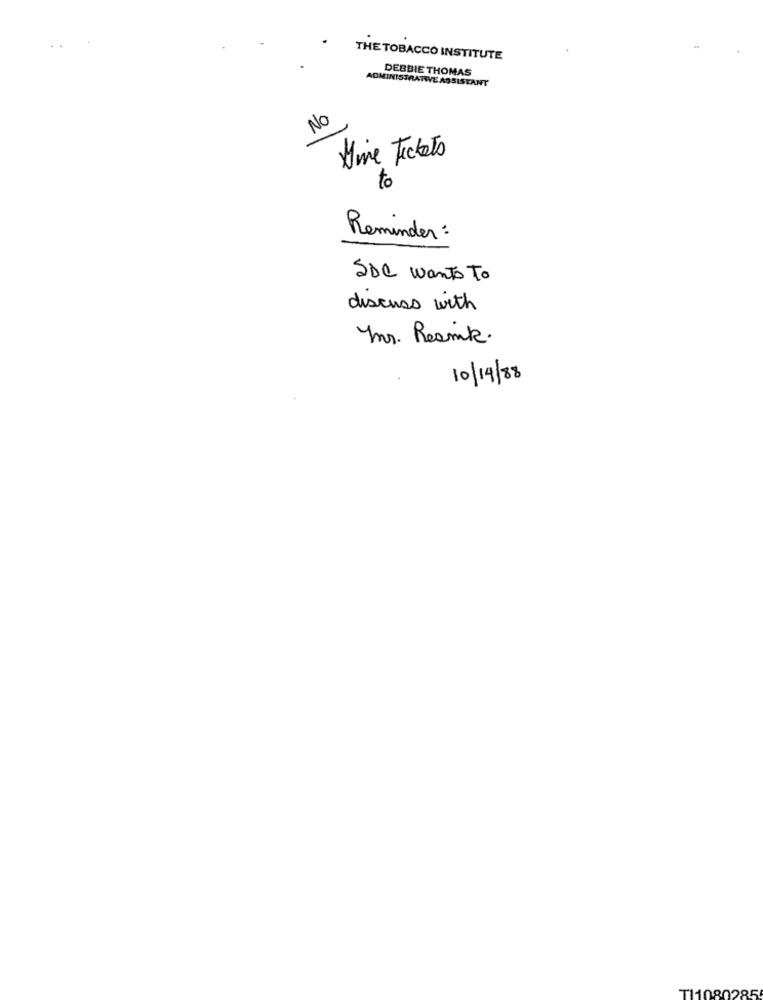
THE TOBACCO INSTITUTE
DEBBIE THOMAS
ADMINISTRATIVE ASSISTANT
NO
Dine Tickets
to
Reminder :
SDC wants To
discuss with
Mr. Resnik.
10/14/88
TI1080285